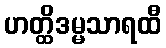
ဟတ္ထိဒမ္မသာရထီ